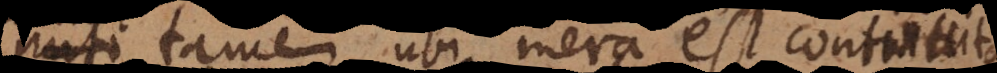
tamen ubi mera est continu